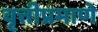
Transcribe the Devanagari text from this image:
वृत्तीप्रमाणे